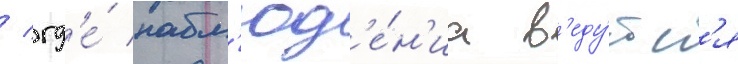
/ гд'е́ набл'юд'е́н'иа в'еду́тс'я